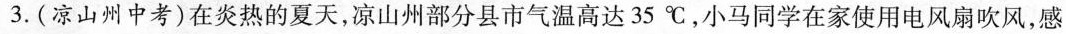
3.(凉山州中考)在炎热的夏天，凉山州部分县市气温高达35℃，小马同学在家使用电风扇吹风，感